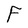
Character: F